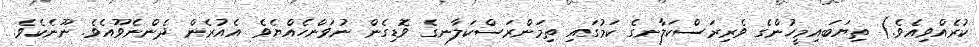
ކުރެއްވިއެވެ.) ތިޔަބައިމީހުންގެ ވެރިރަސްކަލާނގެ ކަމުގައި ތިމަންރަސްކަލާނގެ ވޮޑިގެން ނުވަންހެއްޔެވެ އެއުރެން ދެންނެވޫއެވެ. ނޫނެކެވެ.